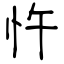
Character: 忤